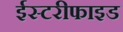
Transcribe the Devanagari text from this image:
ईस्टरीफाइड